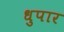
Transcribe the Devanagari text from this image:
धुपार